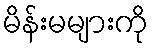
မိန်းမများကို